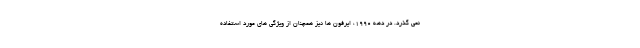
نمی گذرد. در دهه 1990، ایرفون ها نیز همچنان از ویژگی های مورد استفاده